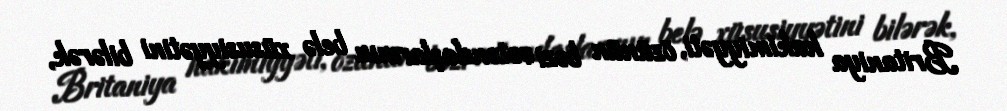
Britaniya hakimiyyəti, özünün bəzi vətəndaşlarının belə xüsusiyyətini bilərək,